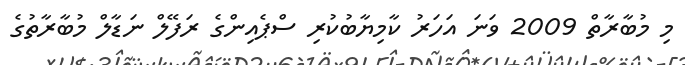
މި މުބާރާތް 2009 ވަނަ އަހަރު ކާމިޔާބުކުރި ސްޕެއިންގެ ރަފޭލް ނަޑާލް މުބާރާތުގެ